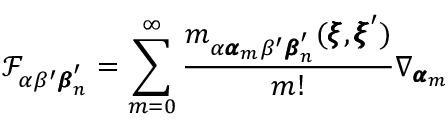
\mathcal { F } _ { \alpha \beta ^ { \prime } { \pmb \beta } _ { n } ^ { \prime } } = \sum _ { m = 0 } ^ { \infty } \frac { m _ { \alpha { \pmb \alpha } _ { m } \beta ^ { \prime } { \pmb \beta } _ { n } ^ { \prime } } ( { \pmb \xi } , { \pmb \xi } ^ { \prime } ) } { m ! } \nabla _ { { \pmb \alpha } _ { m } }